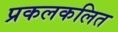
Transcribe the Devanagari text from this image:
प्रकलकलित